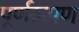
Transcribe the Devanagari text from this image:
पूर्णरूपण